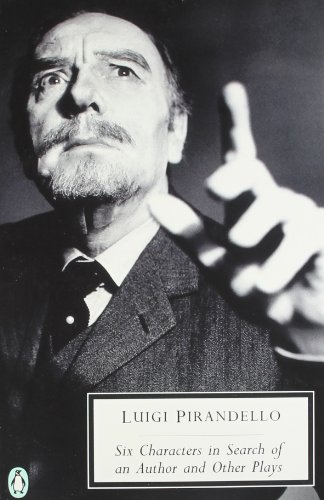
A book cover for Six Characters in Search of an Author and Other Plays (Twentieth Century Classics); Luigi Pirandello; Literature & Fiction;